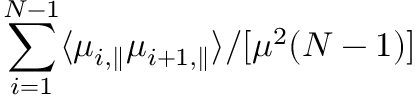
\sum _ { i = 1 } ^ { N - 1 } \langle \mu _ { i , \parallel } \mu _ { i + 1 , \parallel } \rangle / [ \mu ^ { 2 } ( N - 1 ) ]